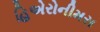
હિએરોનીમસ